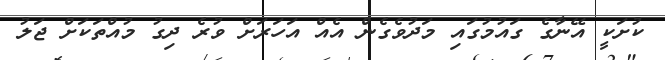
ކުށަކީ އޭނާގެ ގައުމުގައި މަދުވެގެން އެއް އަހަރަށް ވުރެ ދިގު މުއްތަކަށް ޖަލު